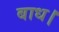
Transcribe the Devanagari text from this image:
बाध।